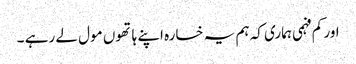
اور کم فہمی ہماری کہ ہم یہ خسارہ اپنے ہاتھوں مول لے رہے ۔